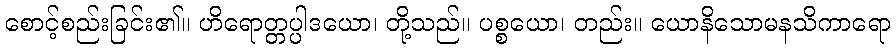
စောင့်စည်းခြင်း၏။ ဟိရောတ္တပ္ပါဒယော၊ တို့သည်။ ပစ္စယော၊ တည်း။ ယောနိသောမနသိကာရော